Problem: 38 - 14 = ?
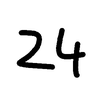
Handwritten answer: 24